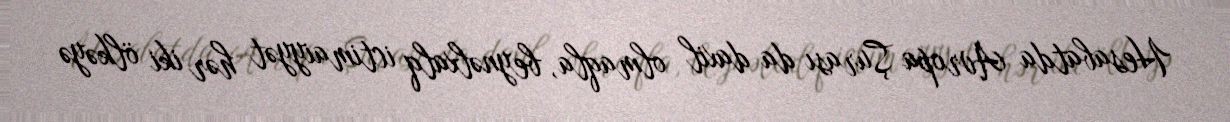
Hesabatda Avropa Şurası da daxil olmaqla, beynəlxalq ictimaiyyət hər iki ölkəyə